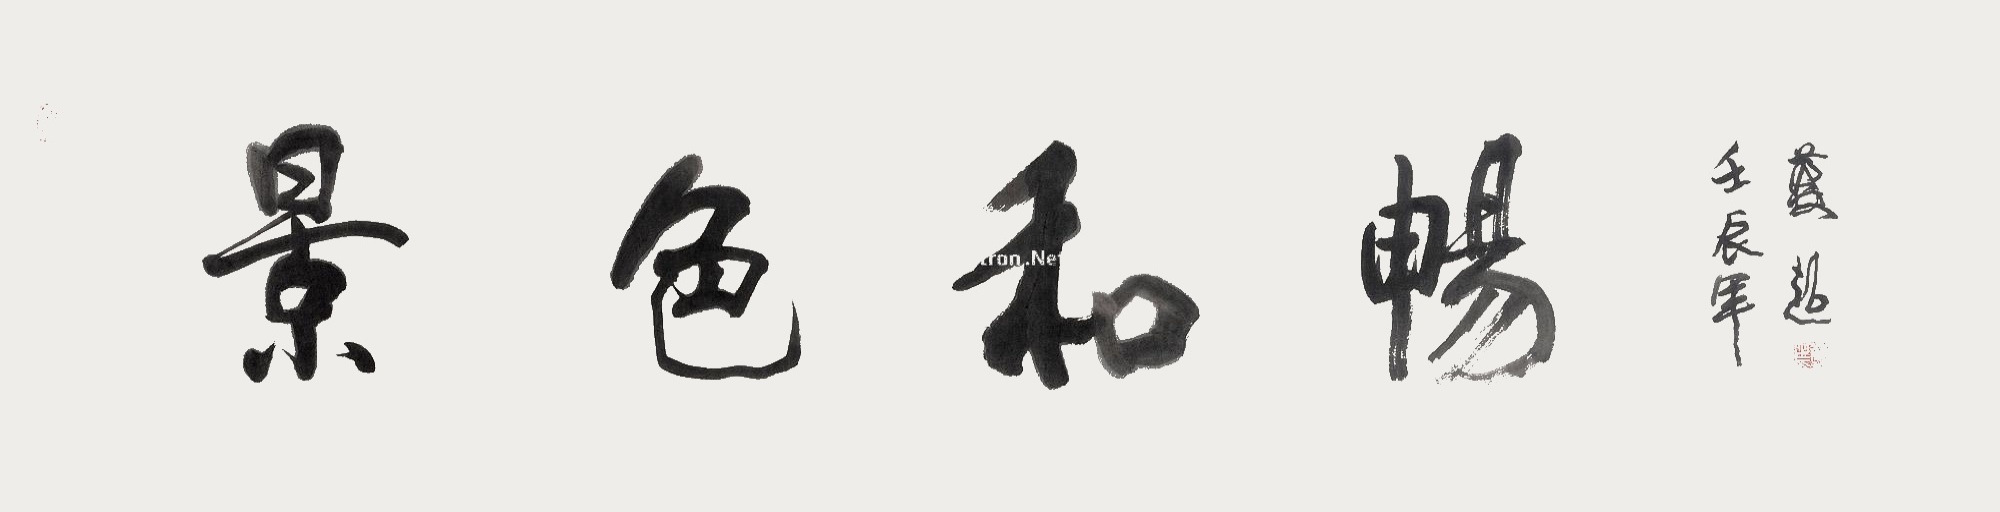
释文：景色和畅。壬辰年蔡超。